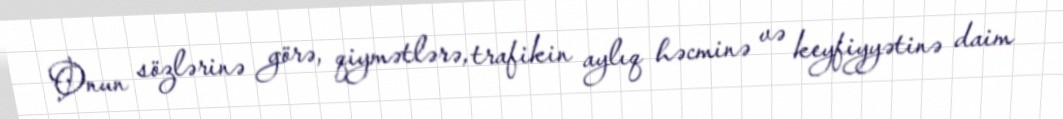
Onun sözlərinə görə, qiymətlərə, trafikin aylıq həcminə və keyfiyyətinə daim